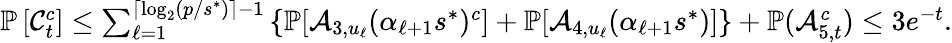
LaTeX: \begin{array}{r}{\mathbb{P}\left[\mathcal{C}_{t}^{c}\right]\le\sum_{\ell=1}^{\lceil\log_{2}(p/s^{*})\rceil-1}\left\{ \mathbb{P}[\mathcal{A}_{3,u_{\ell}}(\alpha_{\ell+1}s^{*})^{c}]+\mathbb{P}[\mathcal{A}_{4,u_{\ell}}(\alpha_{\ell+1}s^{*})]\right\} +\mathbb{P}(\mathcal{A}_{5,t}^{c})\le 3e^{-t}.}\end{array}